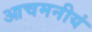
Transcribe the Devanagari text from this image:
आचमनीयं